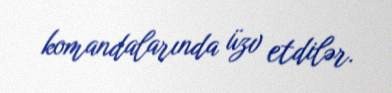
komandalarında üzv etdilər.